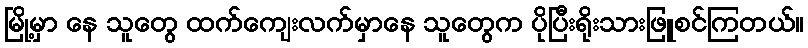
မြို့မှာ နေ သူတွေ ထက်ကျေးလက်မှာနေ သူတွေက ပိုပြီးရိုးသားဖြူစင်ကြတယ်။